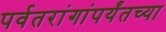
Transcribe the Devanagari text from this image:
पर्वतरांगांपर्यंतच्या